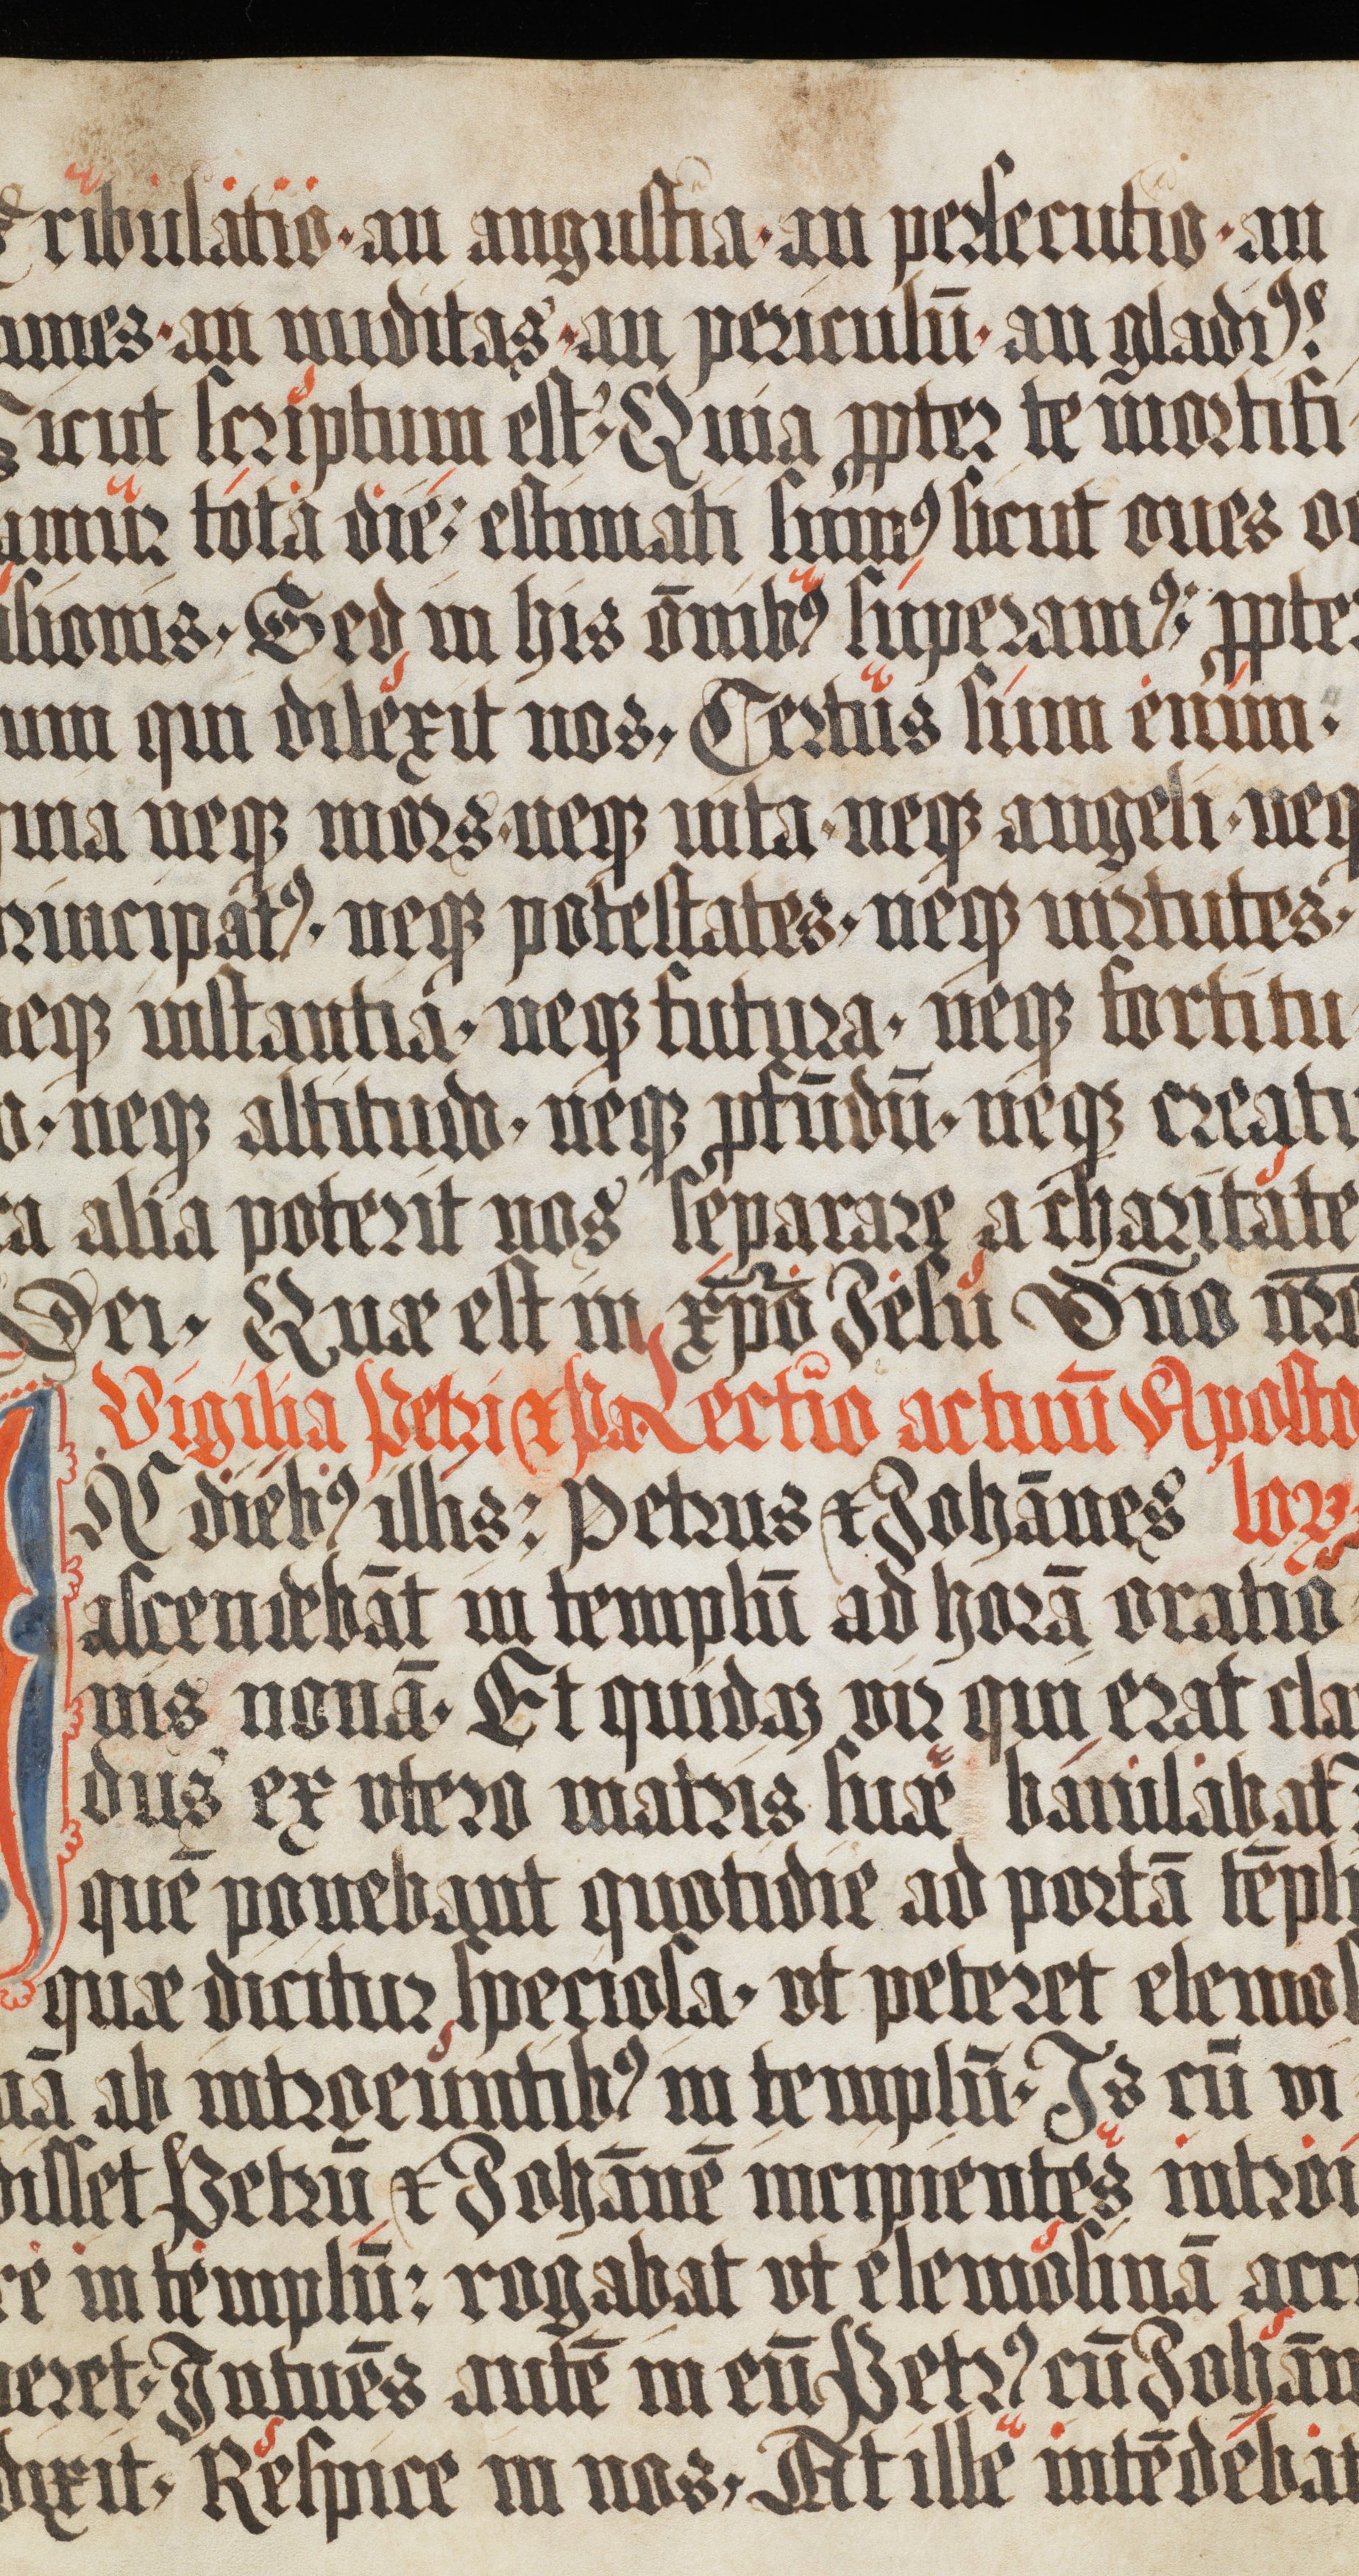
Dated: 1150–1199